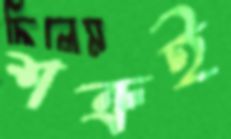
শত্রুই